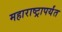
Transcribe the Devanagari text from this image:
महाराष्ट्रापर्यंत